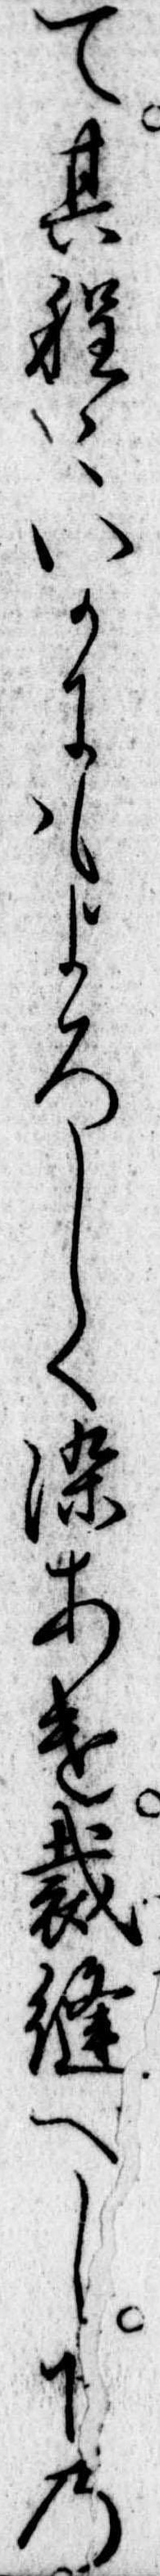
て其程いかにもよろしく染あけ裁縫へし下の